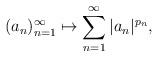
LaTeX: \begin{align*}(a_n)_{n=1}^\infty\mapsto \sum_{n=1}^\infty |a_n|^{p_n},\end{align*}